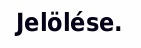
Jelölése.